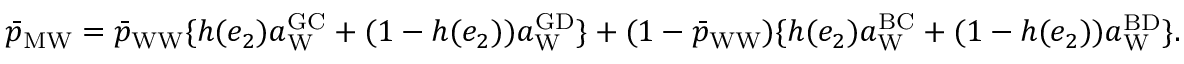
\begin{array} { r l } & { \bar { p } _ { \mathrm { M W } } = \bar { p } _ { \mathrm { W W } } \{ h ( e _ { 2 } ) a _ { \mathrm { W } } ^ { \mathrm { G C } } + ( 1 - h ( e _ { 2 } ) ) a _ { \mathrm { W } } ^ { \mathrm { G D } } \} + ( 1 - \bar { p } _ { \mathrm { W W } } ) \{ h ( e _ { 2 } ) a _ { \mathrm { W } } ^ { \mathrm { B C } } + ( 1 - h ( e _ { 2 } ) ) a _ { \mathrm { W } } ^ { \mathrm { B D } } \} . } \end{array}